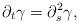
LaTeX: \begin{align*}\partial_t\gamma = \partial_s^2\gamma,\end{align*}